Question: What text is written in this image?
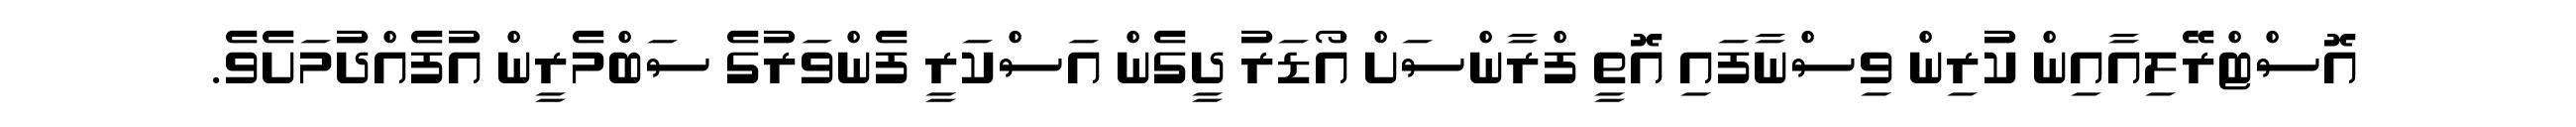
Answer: އޮސްޓްރޭލިއާއިން ކުރިން ވިސްނާފައި އޮތީ ފްރާންސަށް އޯޑަރު ދީގެން އަސްކަރީ ފެންވަރުގެ ސަބްމެރީން އުފެއްދުމަށެވެ.